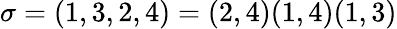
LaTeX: \sigma=(1,3,2,4)=(2,4)(1,4)(1,3)